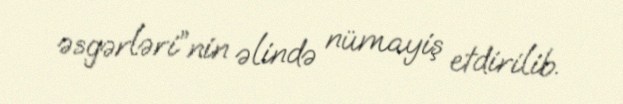
əsgərləri”nin əlində nümayiş etdirilib.